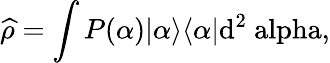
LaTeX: {\widehat{\rho}}=\int P(\alpha)|{\alpha}\rangle\langle{\alpha}|\mathrm{{{d}^{2}\ alpha,}}